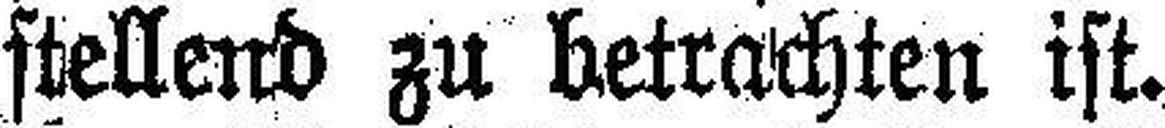
stellend zu betrachten ist.